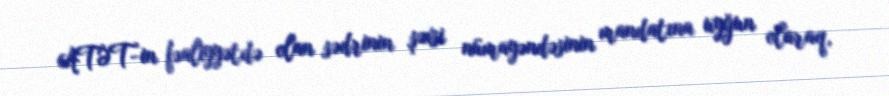
ATƏT-in fəaliyyətdə olan sədrinin şəxsi nümayəndəsinin mandatına uyğun olaraq,